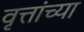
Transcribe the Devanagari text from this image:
वृत्तांच्या